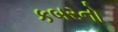
કબરનો